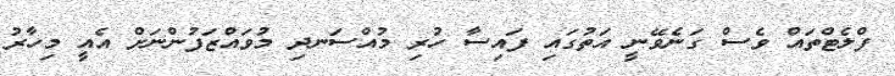
ފްލެޓްތައް ވެސް ގަނެވޭނީ އަތުގައި ފައިސާ ހުރި މުއްސަނދި މުވައްޒަފުންނަށް އެއީ މިހާރު